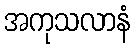
အကုသလာနံ